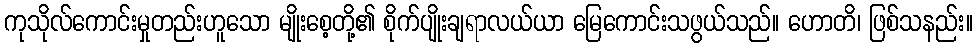
ကုသိုလ်ကောင်းမှုတည်းဟူသော မျိုးစေ့တို့၏ စိုက်ပျိုးချရာလယ်ယာ မြေကောင်းသဖွယ်သည်။ ဟောတိ၊ ဖြစ်သနည်း။